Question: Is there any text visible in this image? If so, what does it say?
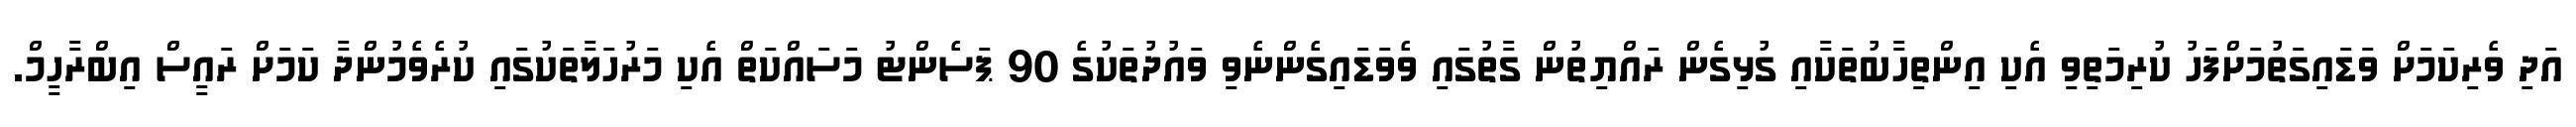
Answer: އަދި ވެރިކަމަށް ވަޑައިގަތުމަށްފަހު ކުރިމަތިވި އެކި އިންތިހާބުތަކާއި ގުޅިގެން ރައްޔިތުން ގާތުގައި ވެވަޑައިގެންނެވި ވައުދުތަކުގެ 90 ޕަސެންޓު މަސައްކަތް އެކި މަރުހަލާތަކުގައި ކުރެވެމުންދާ ކަމަށް ރައީސް އިބްރާހީމް.